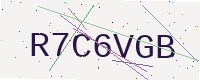
Text: R7C6VGB